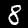
Digit: 8